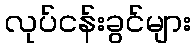
လုပ်ငန်းခွင်များ